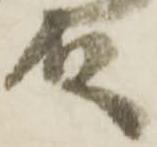
殿